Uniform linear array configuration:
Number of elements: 32
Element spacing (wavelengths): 0.75
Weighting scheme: blackman
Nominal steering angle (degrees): -60
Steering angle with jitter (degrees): -60.539
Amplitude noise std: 0.05
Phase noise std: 0.05

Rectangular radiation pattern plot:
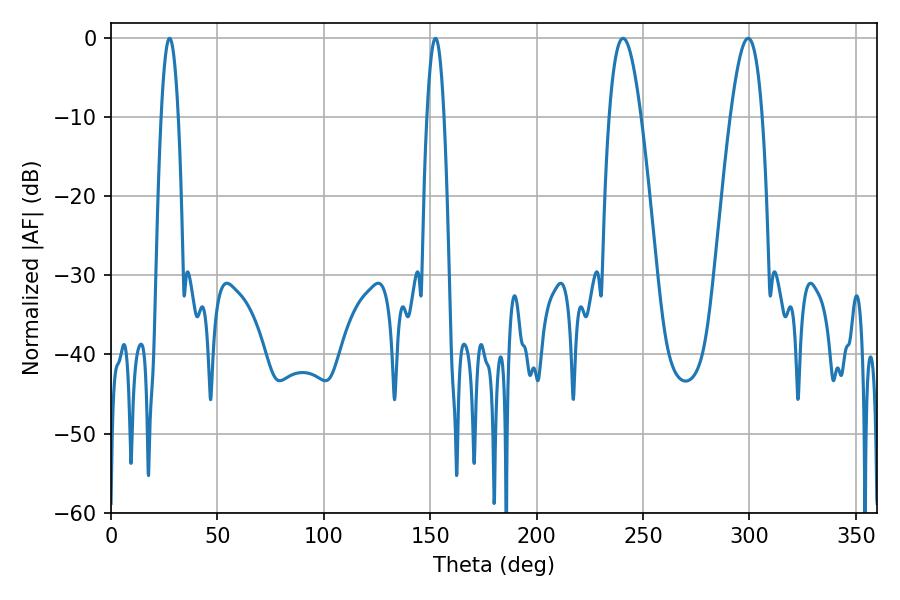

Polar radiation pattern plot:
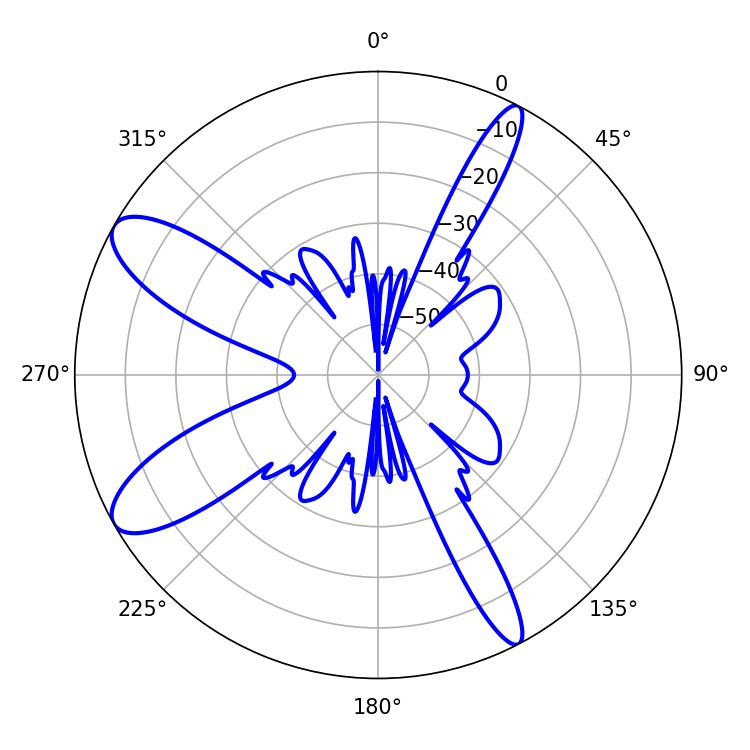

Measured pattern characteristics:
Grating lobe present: TRUE
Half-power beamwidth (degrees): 4.32
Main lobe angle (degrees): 27.54